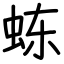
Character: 𬟽